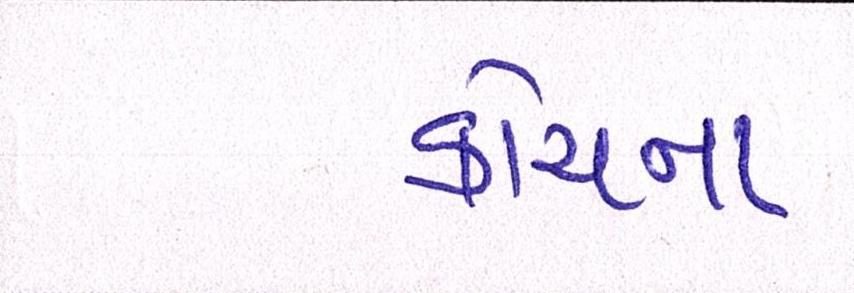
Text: કોચના